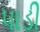
પાડી